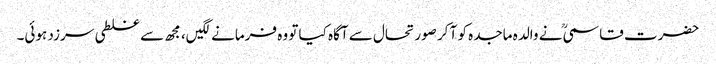
حضرت قاسمیؒ نے والدہ ماجدہ کو آ کر صورتحال سے آگاہ کیا تو وہ فرمانےلگیں، مجھ سے غلطی سرزد ہوئی۔